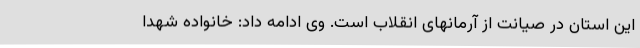
این استان در صیانت از آرمانهای انقلاب است. وی ادامه داد: خانواده شهدا